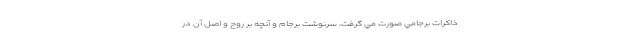
ذاكرات برجامي صورت مي گرفت، سرنوشت برجام و آنچه بر روح و اصل آن در